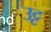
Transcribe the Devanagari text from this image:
उट्ट